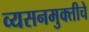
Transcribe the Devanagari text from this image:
व्यसनमुक्‍तीचे